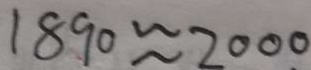
1 8 9 0 \approx 2 0 0 0